Black-water fever - Number 35
Disease focus: Fever
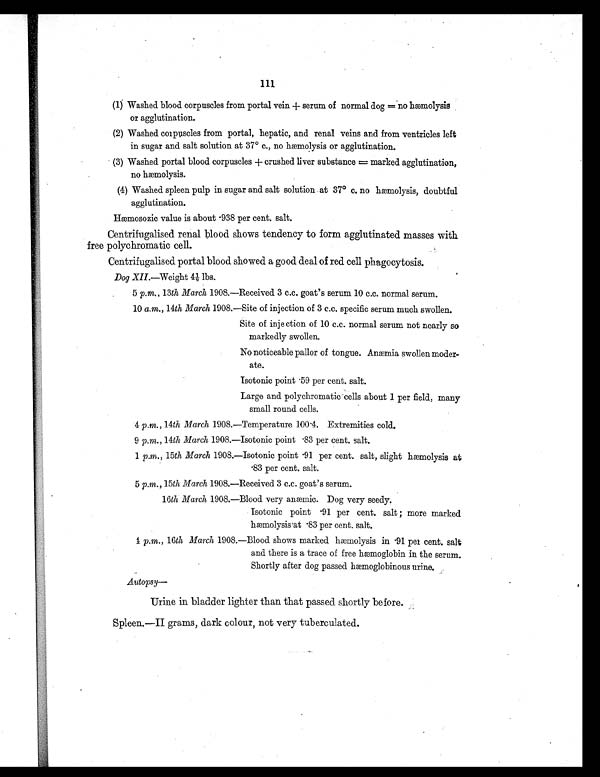
111
(1) Washed blood corpuscles from portal vein + serum of normal dog = no hæmolysis
or agglutination.
(2) Washed corpuscles from portal, hepatic, and renal veins and from ventricles left
in sugar and salt solution at 37° c., no hæmolysis or agglutination.
(3) Washed portal blood corpuscles + crushed liver substance = marked agglutination,
no hæmolysis.
(4) Washed spleen pulp in sugar and salt solution at 37° c. no hæmolysis, doubtful
agglutination.
Hæmosozic value is about .938 per cent, salt.
Centrifugalised renal blood shows tendency to form agglutinated masses with
free polychromatic cell.
Centrifugalised portal blood showed a good deal of red cell phagocytosis.
Dog XII. —Weight 4½ lbs.
5 p. m., 13th March 1908.—Received 3 c.c. goat's serum 10 c.c. normal serum.
10 a.m., 14th March 1908.—Site of injection of 3 c.c. specific serum much swollen.
Site of injection of 10 c.c. normal serum not nearly so
markedly swollen.
No noticeable pallor of tongue. Anæmia swollen moder-
ate.
Isotonic point .59 per cent, salt.
Large and polychromatic cells about 1 per field, many
small round cells.
4 p .m., 14th March 1908.—Temperature 100.4. Extremities cold.
9 p. m., 14th March 1908.—Isotonic point .83 per cent, salt.
1 p.m., 15th March 1908.—Isotonic point .91 per cent, salt, slight hæmolysis at
.83 per cent, salt.
5 p.m .,15th March 1908.—Received 3 c.c. goat's serum.
16th March 1908.—Blood very anæmic. Dog very seedy.
Isotonic point .91 per cent. salt ; more marked
hæmolysis at .83 per cent, salt.
4
p
.
m
. ,
1 6
t h M a r c h1
9 0 8 . — B l o o d s h o w s m a r k e d h æ m o l y s i s i n . 9 1 p m c e n t , s a l t
and there is a trace of free hæmoglobin in the serum.
Shortly after dog passed hæmoglobinous urine.
Autopsy—
Urine in bladder lighter than that passed shortly before.
Spleen.—II grams, dark colour, not very tuberculated.